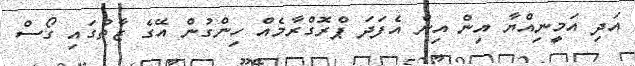
އަދި އަމީނިއްޔާ އިން އިން އެފަދަ ޕްރޮގްރާމެއް ހިންގުން އޭގެ ޒާތުގައި ގޯސް